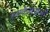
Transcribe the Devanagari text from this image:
स्वर्गाप्सराओं